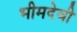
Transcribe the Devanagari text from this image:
भीमदेवी